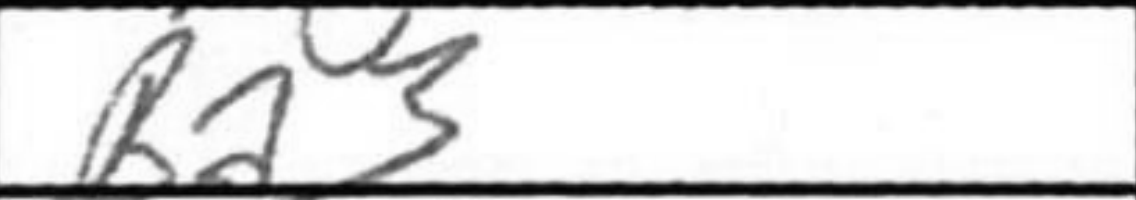
Transcription: Ba3